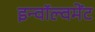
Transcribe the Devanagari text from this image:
इन्वॉल्वमेंट